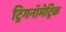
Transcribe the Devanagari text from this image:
ट्रिगनॉमेट्रिक